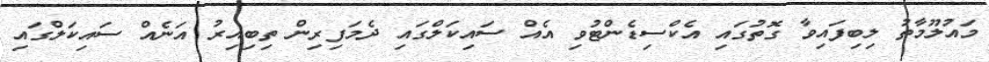
މައުލޫމާތު ލިބިފައިވާ ގޮތުގައި އެކްސިޑެންޓުވި އެއް ސައިކަލްގައި ދެމަފިރިން ތިބިއިރު އަނެއް ސައިކަލްގައި